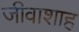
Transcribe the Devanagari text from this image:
जीवाशाह